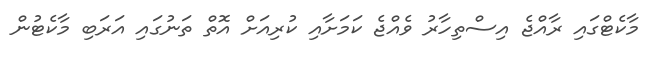
މާކެޓްގައި ރާއްޖެ އިސްތިހާރު ވެއްޖެ ކަމަށާއި ކުރިއަށް އޮތް ތަނުގައި އަރަބި މާކެޓުން